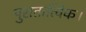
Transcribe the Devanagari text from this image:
पुरातात्विक।